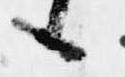
候